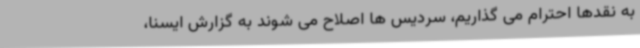
به نقدها احترام می گذاریم، سردیس ها اصلاح می شوند به گزارش ایسنا،